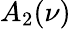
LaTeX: A_{2}(\nu)